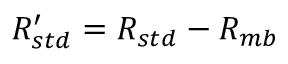
R _ { s t d } ^ { \prime } = R _ { s t d } - R _ { m b }